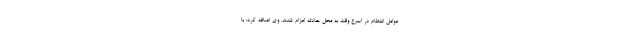
عوامل انتظام در اسرع وقت به محل حادثه اعزام شدند. وی اضافه کرد: با